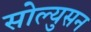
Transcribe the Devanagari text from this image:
सोल्युसन